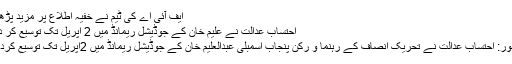
ایف آئی اے کی ٹیم نے خفیہ اطلاع پر مزید پڑھیں
احتساب عدالت نے علیم خان کے جوڈیشل ریمانڈ میں 2 اپریل تک توسیع کر دی
لاہور: احتساب عدالت نے تحریک انصاف کے رہنما و رکن پنجاب اسمبلی عبدالعلیم خان کے جوڈیشل ریمانڈ میں 2اپریل تک توسیع کردی۔